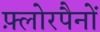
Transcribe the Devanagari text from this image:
फ़्लोरपैनों